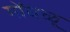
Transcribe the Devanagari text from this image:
गोंधळू